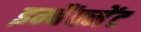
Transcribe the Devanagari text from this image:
इम्बैंक्मेंट